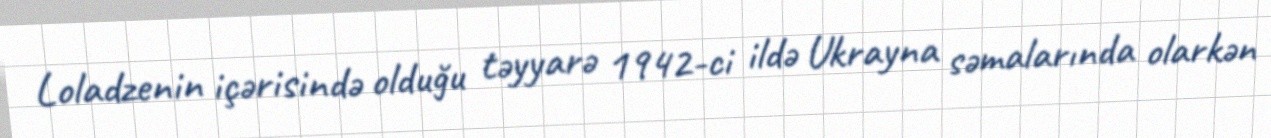
Loladzenin içərisində olduğu təyyarə 1942-ci ildə Ukrayna səmalarında olarkən